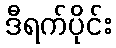
ဒီရက်ပိုင်း